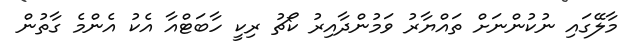
މާލޭގައި ނުކުންނަށް ތައްޔާރު ވަމުންދާއިރު ކޯޗު ރިކީ ހާބަޓްއާ އެކު އެންމެ ގާތުން